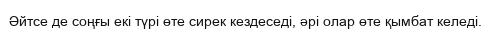
Әйтсе де соңғы екі түрі өте сирек кездеседі, әрі олар өте қымбат келеді.